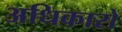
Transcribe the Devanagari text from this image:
अधिकारों